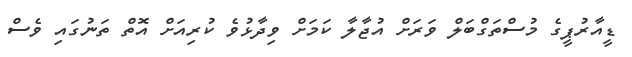
ޑީއާރުޕީގެ މުސްތަގްބަލް ވަރަށް އުޖާލާ ކަމަށް ވިދާޅުވެ ކުރިއަށް އޮތް ތަނުގައި ވެސް